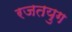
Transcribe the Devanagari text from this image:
रजतयुग